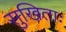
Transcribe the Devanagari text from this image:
सुखिताः